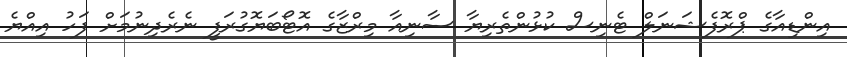
އިންޑިއާގެ ޕްރޮފެޝަނަލް ޓެނިސް ކުޅުންތެރިޔާ ސާނިއާ މިރްޒާގެ އޮޓޯބަޔޮގުރަފީ ނެރެދިނުމަށް ފަހު އިއްޔެ